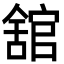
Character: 舘